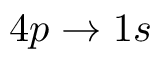
4 p \to 1 s